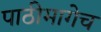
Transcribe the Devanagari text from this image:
पाठीमागेच